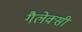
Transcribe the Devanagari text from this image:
गैलेक्‍सी